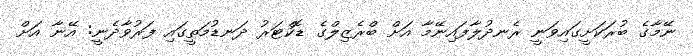
ނޭމާގެ ބުރަކަށީގައިވަނީ ރެނދުލާފައިނޭމާ އަށް ބްރެޒިލްގެ ޑޮކްޓަރު ދަނޑުމަތީގައި ފަރުވާދެނީ: އޭނާ އަށް